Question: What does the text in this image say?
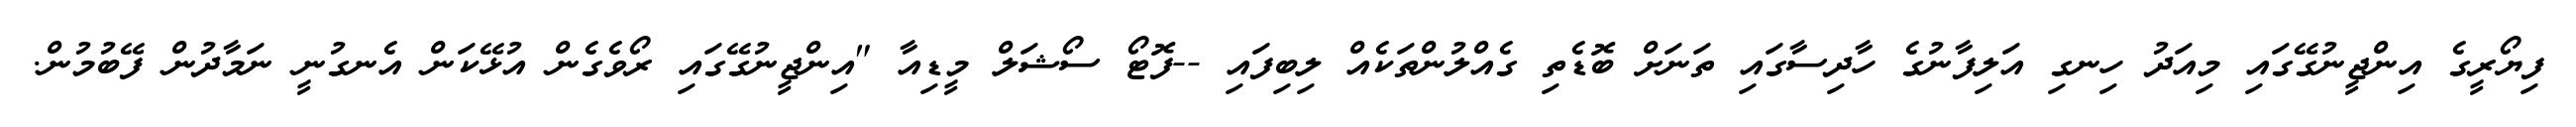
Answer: ފިޔޯރީގެ އިންޖީނުގޭގައި މިއަދު ހިނގި އަލިފާނުގެ ހާދިސާގައި ތަނަށް ބޮޑެތި ގެއްލުންތަކެއް ލިބިފައި --ފޮޓޯ ސޯޝަލް މީޑިއާ "އިންޖީނުގޭގައި ރޯވެގެން އުޅޭކަން އެނގުނީ ނަމާދުން ފޭބުމުން.